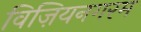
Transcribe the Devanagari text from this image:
विज़ियनगरम